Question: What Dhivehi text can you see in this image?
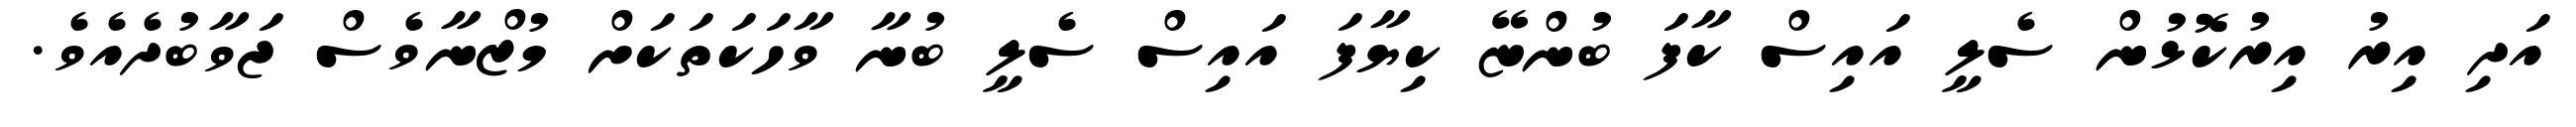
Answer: އަދި އިރު އިރުކޮޅުން ސެލީ އައިސް ކާފަ ބުންޏޭ ކިޔާފަ އައިސް ސެލީ ބުނާ ވާހަކަތަކަށް މުޒްނާވެސް ޖަވާބުދެއެވެ.